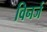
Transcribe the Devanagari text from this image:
विनर्ज